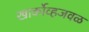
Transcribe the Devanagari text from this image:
खार्कोव्हजवळ